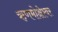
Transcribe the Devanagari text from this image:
ऋणमोक्षेश्वर